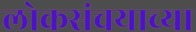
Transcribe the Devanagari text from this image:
लोकसंचयाच्या